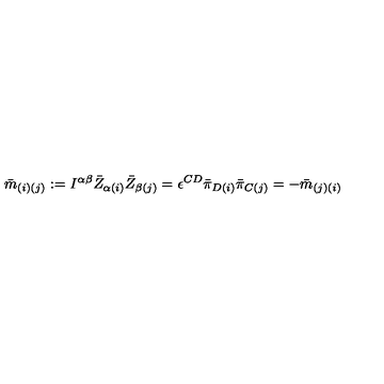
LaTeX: { \bar { m } } _ { ( i ) ( j ) } : = I ^ { \alpha \beta } { \bar { Z } } _ { \alpha ( i ) } { \bar { Z } } _ { \beta ( j ) } = \epsilon ^ { C D } { \bar { \pi } } _ { D ( i ) } { \bar { \pi } } _ { C ( j ) } = - { \bar { m } } _ { ( j ) ( i ) }